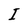
Character: I